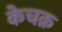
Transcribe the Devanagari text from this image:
केचक्र